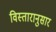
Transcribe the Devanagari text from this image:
विस्तारानुसार